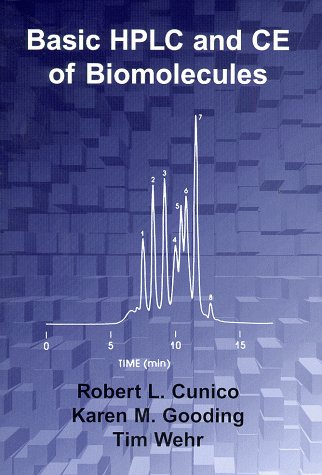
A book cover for Basic HPLC and CE of Biomolecules; Tim Wehr; Science & Math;